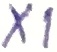
Text: X1